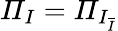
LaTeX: \mathit{\Pi}_{I}=\mathit{\Pi}_{I_{\overline{{I}}}}